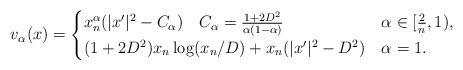
\begin{align*}v_{\alpha}(x)= \begin{cases}x_n^{\alpha} (|x'|^2 -C_\alpha)\quad C_{\alpha}= \frac{1+ 2D^2 }{\alpha(1-\alpha)} & \alpha \in [\frac{2}{n}, 1), \\(1+2D^2) x_n \log (x_n/D) + x_n (|x'|^2-D^2)& \alpha =1.\end{cases}\end{align*}